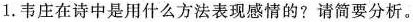
1. 韦庄在诗中是用什么方法表现感情的? 请简要分析。___